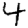
Digit: 4